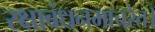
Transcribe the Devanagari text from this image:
रक्षाबंधनमाचरेत।